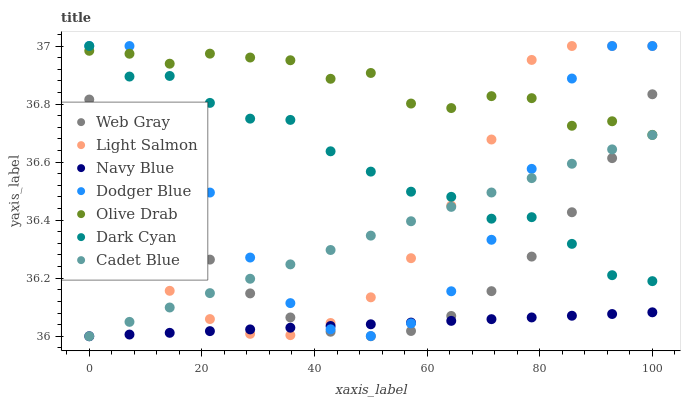
| xaxis_label | Web Gray | Light Salmon | Navy Blue | Dodger Blue | Olive Drab | Dark Cyan | Cadet Blue |
 | --- | --- | --- | --- | --- | --- | --- | --- |
 | 0 | 36.8 | 36.5 | 36 | 37 | 37 | 37 | 36 |
 | 7.14 | 36.6 | 36.3 | 36 | 37 | 37 | 36.9 | 36 |
 | 14.3 | 36.4 | 36.2 | 36 | 36.8 | 36.9 | 36.9 | 36.1 |
 | 21.4 | 36.3 | 36.1 | 36 | 36.5 | 37 | 36.8 | 36.1 |
 | 28.6 | 36.1 | 36 | 36 | 36.3 | 37 | 36.7 | 36.2 |
 | 35.7 | 36.1 | 36 | 36 | 36.1 | 37 | 36.7 | 36.2 |
 | 42.9 | 36 | 36 | 36 | 36 | 36.9 | 36.6 | 36.3 |
 | 50 | 36 | 36.1 | 36 | 36 | 36.9 | 36.6 | 36.3 |
 | 57.1 | 36 | 36.3 | 36 | 36 | 36.8 | 36.5 | 36.4 |
 | 64.3 | 36.1 | 36.5 | 36.1 | 36.2 | 36.8 | 36.5 | 36.4 |
 | 71.4 | 36.2 | 36.7 | 36.1 | 36.3 | 36.8 | 36.4 | 36.5 |
 | 78.6 | 36.3 | 37 | 36.1 | 36.6 | 36.8 | 36.4 | 36.5 |
 | 85.7 | 36.4 | 37 | 36.1 | 36.9 | 36.7 | 36.3 | 36.6 |
 | 92.9 | 36.6 | 37 | 36.1 | 37 | 36.7 | 36.2 | 36.6 |
 | 100 | 36.8 | 37 | 36.1 | 37 | 36.7 | 36.2 | 36.7 |